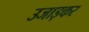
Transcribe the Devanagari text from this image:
उजाड़कर